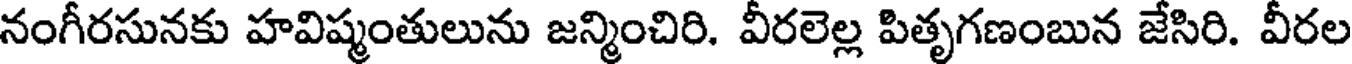
నంగీరసునకు హవిష్మంతులును జన్మించిరి. వీరలెల్ల పితృగణంబున జేసిరి. వీరల